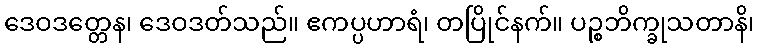
ဒေဝဒတ္တေန၊ ဒေဝဒတ်သည်။ ဧကပ္ပဟာရံ၊ တပြိုင်နက်။ ပဉ္စဘိက္ခုသတာနိ၊